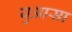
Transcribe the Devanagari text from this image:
युआसा